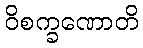
ဝိစက္ခဏောတိ